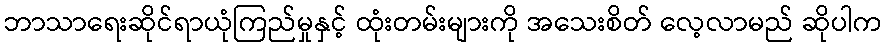
ဘာသာရေးဆိုင်ရာယုံကြည်မှုနှင့် ထုံးတမ်းများကို အသေးစိတ် လေ့လာမည် ဆိုပါက